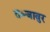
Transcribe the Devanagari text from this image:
तञ्जावुर